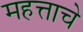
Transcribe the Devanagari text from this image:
महत्ताचे